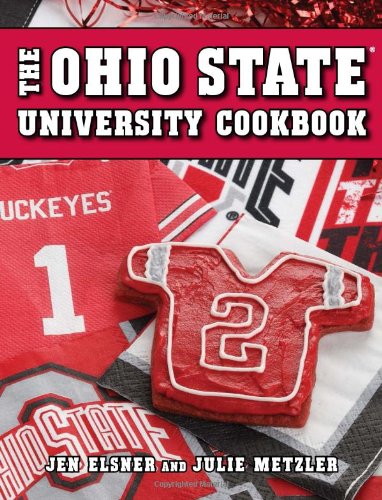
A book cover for Ohio State University Cookbook; Jen Elsner; Cookbooks, Food & Wine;